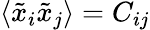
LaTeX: \langle\tilde{x}_{i}\tilde{x}_{j}\rangle=C_{ij}